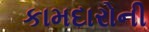
કામદારોની